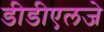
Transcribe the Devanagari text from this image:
डीडीएलजे